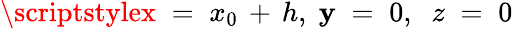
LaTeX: \scriptstylex\; =\; x_{0}\, +\, h,\; \mathbf{y}\; =\; 0,\; \; z\; =\; 0